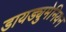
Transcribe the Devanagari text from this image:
डायड्युमेनियन